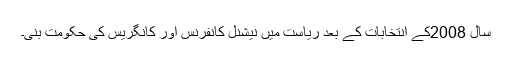
سال 2008کے انتخابات کے بعد ریاست میں نیشنل کانفرنس اور کانگریس کی حکومت بنی۔